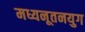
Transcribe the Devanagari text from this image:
मध्यनूतनयुग